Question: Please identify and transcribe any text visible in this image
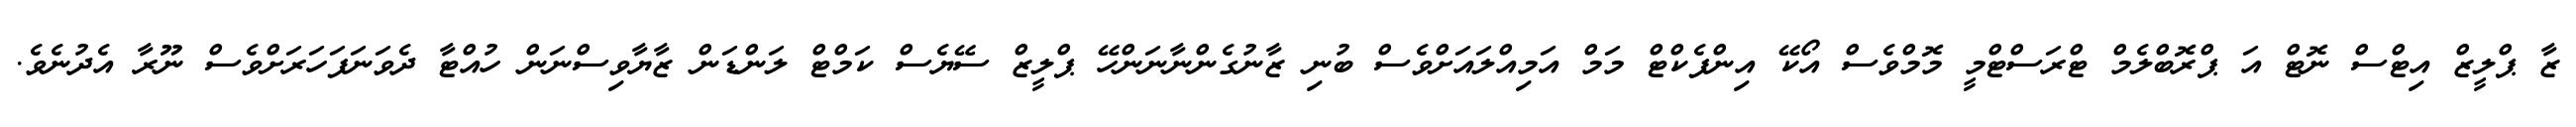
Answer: ޒާ ޕްލީޒް އިޓްސް ނޮޓް އަ ޕްރޮބްލެމް ޓްރަސްޓްމީ މޮމްވެސް އޯކޭ އިންފެކްޓް މަމް އަމިއްލައަށްވެސް ބުނި ޒާނުގެންނާނަންހޭ ޕްލީޒް ސޭޔެސް ކަމްޓް ލަންޑަން ޒާޔާވިސްނަން ހުއްޓާ ދެވަނަފަހަރަށްވެސް ނޫރާ އެދުނެވެ.